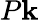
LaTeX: P\mathbf{k}